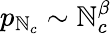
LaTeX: p_{\mathbb{N}_{c}}\sim\mathbb{N}_{c}^{\beta}